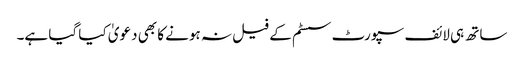
ساتھ ہی لائف سپورٹ سسٹم کے فیل نہ ہونے کا بھی دعویٰ کیا گیا ہے۔